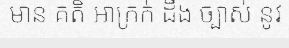
មាន គតិ អាក្រក់ ដឹង ច្បាស់ នូវ